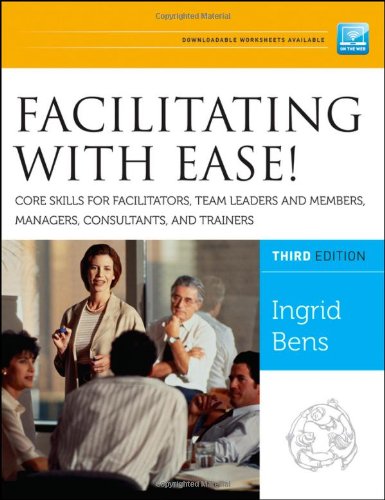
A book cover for Facilitating with Ease! Core Skills for Facilitators, Team Leaders and Members, Managers, Consultants, and Trainers; Ingrid Bens; Business & Money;